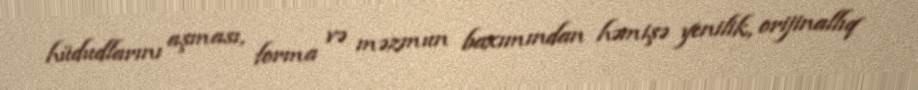
hüdudlarını aşması, forma və məzmun baxımından həmişə yenilik, orijinallıq